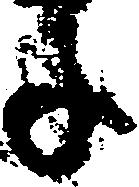
年